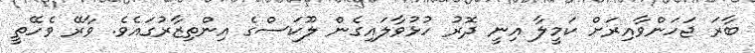
ބާރަ ޖަހަންވާއިރަށް ކަމީލާ އިނީ ދޮރު ހުޅުވާލައިގެން ލޫކަސްގެ އިންތިޒާރުގައެވެ. ވާރޭ ވެހޭތީ